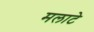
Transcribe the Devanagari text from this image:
मलाटे